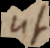
ut